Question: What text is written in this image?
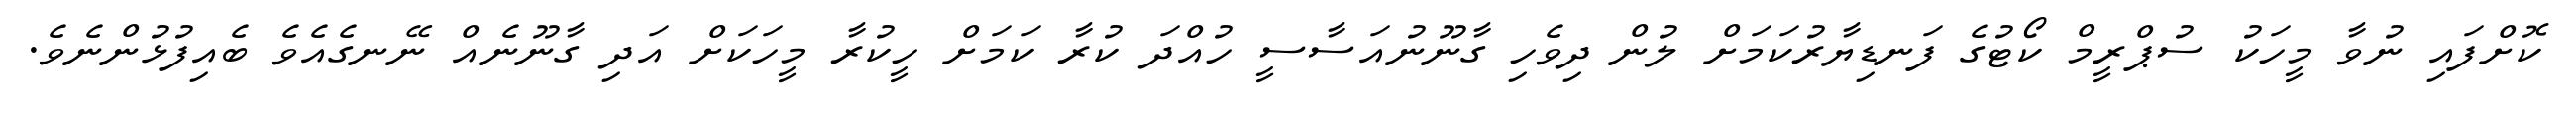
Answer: ކޮށްފައި ނުވާ މީހަކު ސުޕްރީމް ކޯޓުގެ ފަނޑިޔާރުކަމަށް ލުން ދިވެހި ގާނޫނުއަސާސީ ހުއްދަ ކުރާ ކަމަށް ހީކުރާ މީހަކަށް އަދި ގާނޫނެއް ނޭނގެއެވެ ބެއިފުޅުންނެވެ.